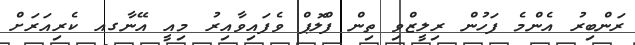
ރަންބިރު އެންމެ ފަހުން ރިލީޒްވި ތިން ފްލޮޕް ވެފައިވާއިރު މިއީ އޭނާގއ ކެރިއަރަށް